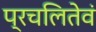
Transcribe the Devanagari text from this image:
प्रचलितेवं